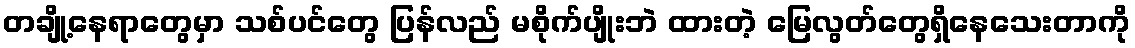
တချို့နေရာတွေမှာ သစ်ပင်တွေ ပြန်လည် မစိုက်ပျိုးဘဲ ထားတဲ့ မြေလွတ်တွေရှိနေသေးတာကို